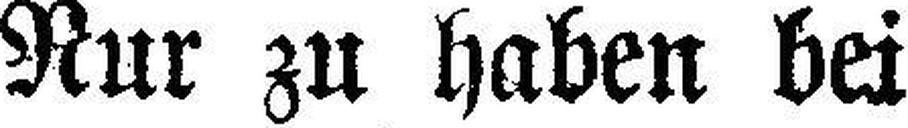
Nur zu haben bei